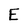
Character: E